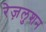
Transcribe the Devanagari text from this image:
रेज़लुशन